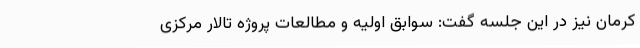
کرمان نیز در این جلسه گفت: سوابق اولیه و مطالعات پروژه تالار مرکزی